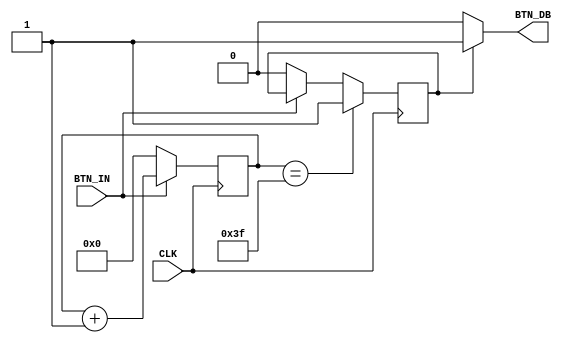
module switch_debouncer(
    
    input CLK,
    input BTN_IN,    // input button status
    
    output BTN_DB    // debounced button status
    
    );

    reg [23:0] counter;
    reg stable;
    
    always @ (posedge CLK) begin
        if (BTN_IN) begin
            counter <= counter + 1;
        end
        else
            counter <= 0; 
    end
    
    always @ (posedge CLK) begin
        if (counter == 6'hffffff)
            stable <= 1;
        else if (~BTN_IN)
            stable <= 0;
    end
    
    assign BTN_DB  = stable ? 1 : 0;
    
    // TODO: implement debounce here (a potential extension feature for your scope)
     

    
endmodule